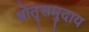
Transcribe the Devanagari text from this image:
श्रोतृसमुदाय